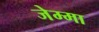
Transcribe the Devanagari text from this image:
जेम्मा